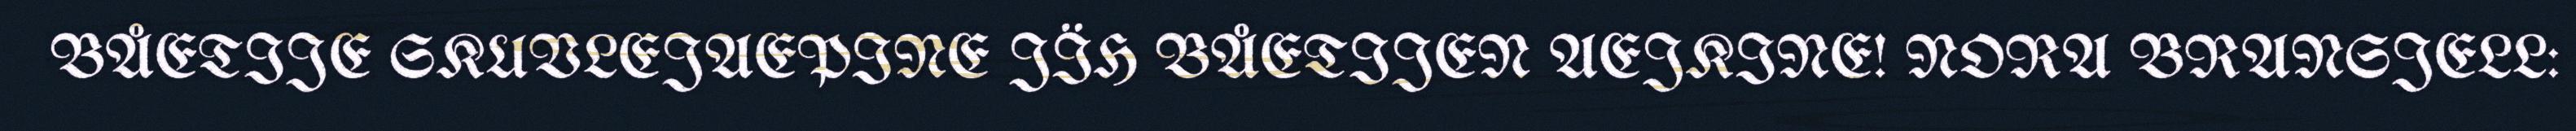
BÅETIJE SKUVLEJAEPINE JÏH BÅETIJEN AEJKINE! NORA BRANSJELL: